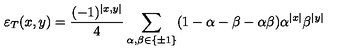
\varepsilon _ { T } ( x , y ) = \frac { ( - 1 ) ^ { \left| x , y \right| } } { 4 } \sum _ { \alpha , \beta \in \left\{ \pm 1 \right\} } ( 1 - \alpha - \beta - \alpha \beta ) \alpha ^ { \left| x \right| } \beta ^ { \left| y \right| }